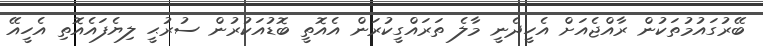
ބޭރުގައުމުތަކުން ރާއްޖެއަށް އެހީދެނީ މާލެ ތަރައްގީކުރަން އެއޮތީ ބޮޑުއަކުރުން ސުރުޙީ ލިޔެފައެއޮތި އެހީއޭ